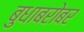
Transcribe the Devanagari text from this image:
बुधाबरोबर